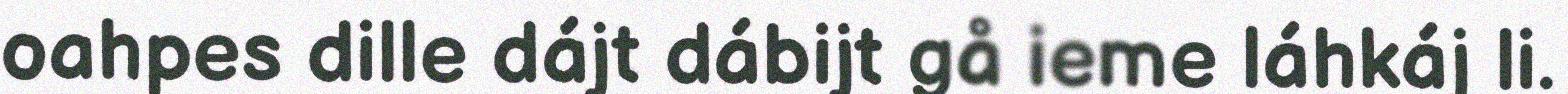
oahpes dille dájt dábijt gå ieme láhkáj li.